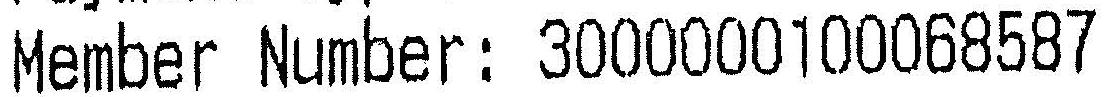
MEMBER NUMBER: 3000000100068587